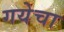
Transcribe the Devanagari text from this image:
गयेचा